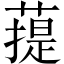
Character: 䔶